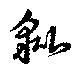
豼